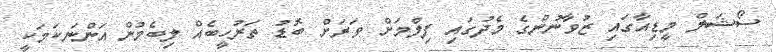
ސޯޝަލް މީޑިއާގައި ޒުވާނުންގެ މެދުގައި ފިލްމަށް ވަރަށް ބޮޑު ތަރުހީބެއް ލިބެމުން އަންނަކަަމަކީ